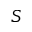
S